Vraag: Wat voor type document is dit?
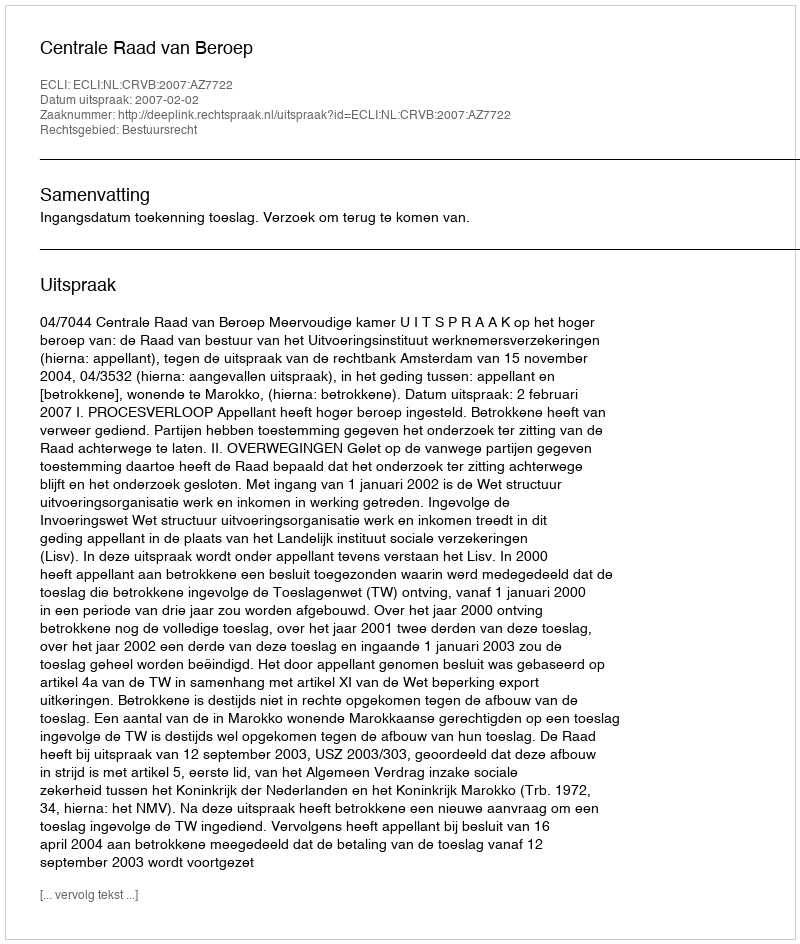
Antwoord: Uitspraak